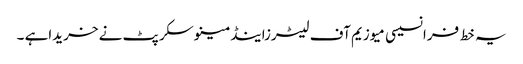
یہ خط فرانسیسی میوزیم آف لیٹرزاینڈمینوسکرپٹ نے خریداہے ۔